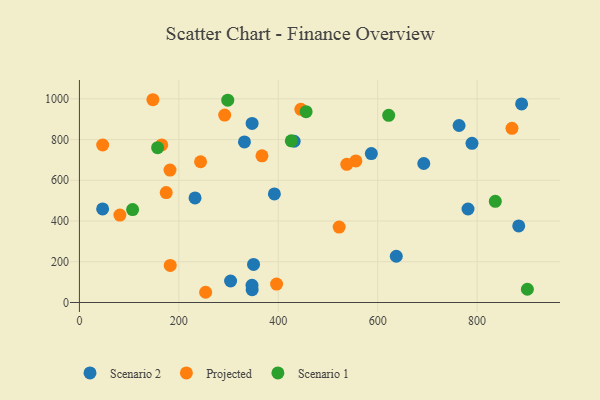
{"axis": {"x": "Investment", "y": "Exam Score"}, "legend": ["Projected", "Scenario 1", "Scenario 2"], "data": [{"x": "46.7", "y": 459.2, "type": "Scenario 2"}, {"x": "883.7", "y": 376.1, "type": "Scenario 2"}, {"x": "781.7", "y": 459.1, "type": "Scenario 2"}, {"x": "347.5", "y": 63.0, "type": "Scenario 2"}, {"x": "889.5", "y": 974.9, "type": "Scenario 2"}, {"x": "347.2", "y": 84.3, "type": "Scenario 2"}, {"x": "432.0", "y": 791.7, "type": "Scenario 2"}, {"x": "789.7", "y": 781.5, "type": "Scenario 2"}, {"x": "350.3", "y": 186.8, "type": "Scenario 2"}, {"x": "763.7", "y": 869.0, "type": "Scenario 2"}, {"x": "637.4", "y": 227.0, "type": "Scenario 2"}, {"x": "692.7", "y": 682.5, "type": "Scenario 2"}, {"x": "587.2", "y": 731.2, "type": "Scenario 2"}, {"x": "347.4", "y": 879.3, "type": "Scenario 2"}, {"x": "392.2", "y": 533.1, "type": "Scenario 2"}, {"x": "332.0", "y": 788.5, "type": "Scenario 2"}, {"x": "232.6", "y": 513.3, "type": "Scenario 2"}, {"x": "304.1", "y": 105.5, "type": "Scenario 2"}, {"x": "46.8", "y": 773.3, "type": "Projected"}, {"x": "165.6", "y": 773.8, "type": "Projected"}, {"x": "396.6", "y": 90.3, "type": "Projected"}, {"x": "147.8", "y": 995.5, "type": "Projected"}, {"x": "253.9", "y": 50.2, "type": "Projected"}, {"x": "556.1", "y": 695.1, "type": "Projected"}, {"x": "537.8", "y": 678.5, "type": "Projected"}, {"x": "522.5", "y": 370.1, "type": "Projected"}, {"x": "292.2", "y": 920.1, "type": "Projected"}, {"x": "182.7", "y": 181.8, "type": "Projected"}, {"x": "445.4", "y": 948.4, "type": "Projected"}, {"x": "182.2", "y": 650.1, "type": "Projected"}, {"x": "243.7", "y": 691.1, "type": "Projected"}, {"x": "81.4", "y": 429.1, "type": "Projected"}, {"x": "174.6", "y": 539.5, "type": "Projected"}, {"x": "870.1", "y": 855.2, "type": "Projected"}, {"x": "367.2", "y": 720.1, "type": "Projected"}, {"x": "107.0", "y": 456.0, "type": "Scenario 1"}, {"x": "901.1", "y": 65.0, "type": "Scenario 1"}, {"x": "622.1", "y": 919.0, "type": "Scenario 1"}, {"x": "298.4", "y": 993.4, "type": "Scenario 1"}, {"x": "836.6", "y": 496.6, "type": "Scenario 1"}, {"x": "157.3", "y": 760.3, "type": "Scenario 1"}, {"x": "456.0", "y": 937.0, "type": "Scenario 1"}, {"x": "426.2", "y": 793.6, "type": "Scenario 1"}]}